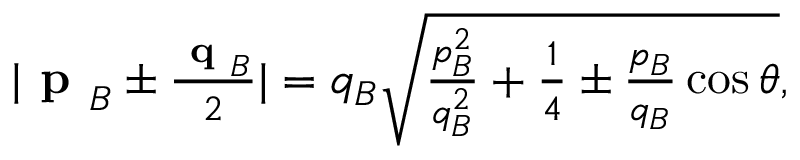
\begin{array} { r } { \lvert \textbf { p } _ { B } \pm \frac { \textbf { q } _ { B } } { 2 } \rvert = q _ { B } \sqrt { \frac { p _ { B } ^ { 2 } } { q _ { B } ^ { 2 } } + \frac { 1 } { 4 } \pm \frac { p _ { B } } { q _ { B } } \cos \theta } , } \end{array}